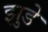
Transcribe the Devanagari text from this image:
झुडे